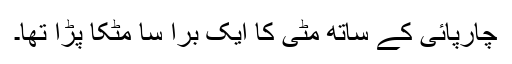
چارپائی کے ساتھ مٹی کا ایک برا سا مٹکا پڑا تھا۔